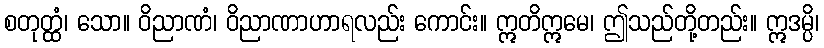
စတုတ္ထံ၊ သော။ ဝိညာဏံ၊ ဝိညာဏာဟာရလည်း ကောင်း။ ဣတိဣမေ၊ ဤသည်တို့တည်း။ ဣဒမ္ပိ၊